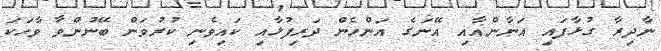
ނާދިރާ ގުޅާފައި އަނާންއާއި އޭނަގެ އަންހެން ދަރިފުޅާއި ކައިވެނި ކުރުވަން ބޭނުންވާ ވާހަކަ